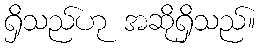
ရှိသည်ဟု အဆိုရှိသည်။